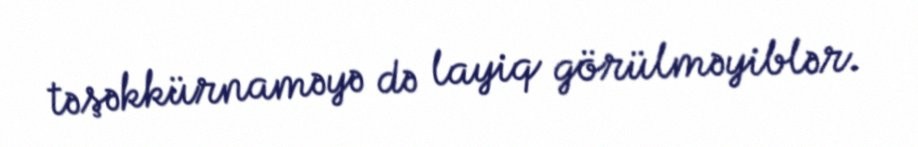
təşəkkürnaməyə də layiq görülməyiblər.